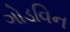
ગોડવિન